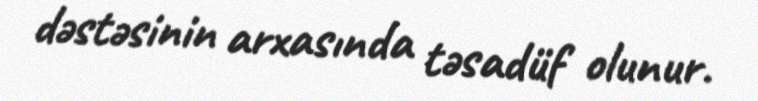
dəstəsinin arxasında təsadüf olunur.